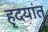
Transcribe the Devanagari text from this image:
हृदयांत